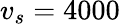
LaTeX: v_{s}=4000